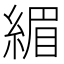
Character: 𫃷